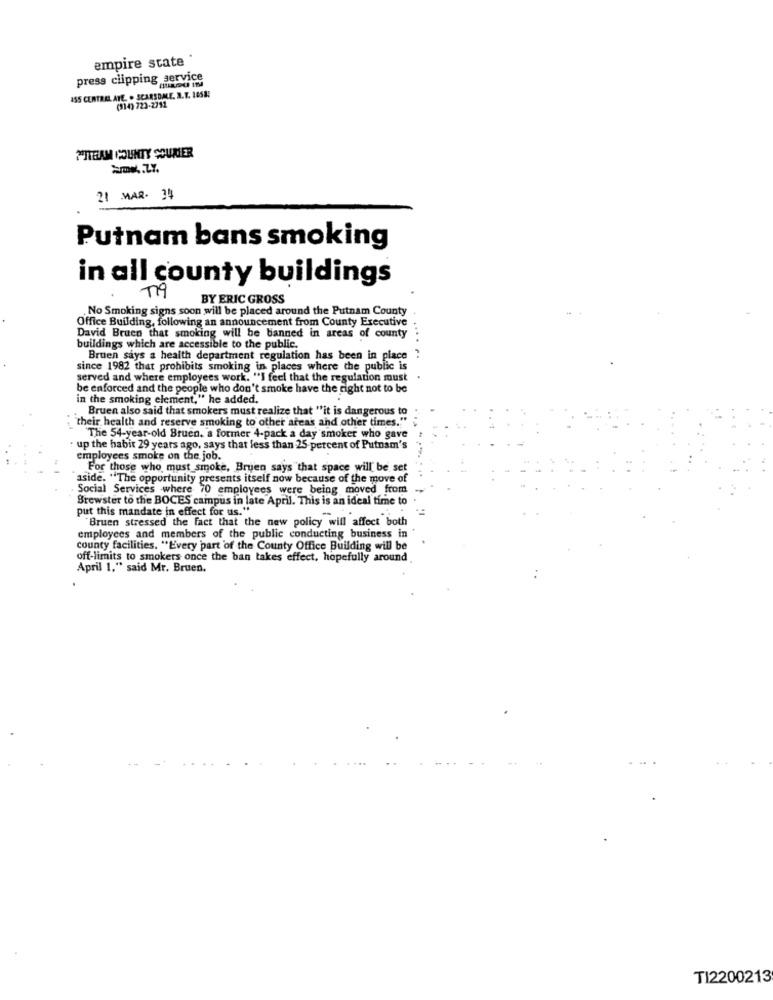
empire state
press clipping service
ASS CENTRAL ATE . SCARSDALE, N.Y. 1058!
(314) 723-2712
FITEAM COUNTY MOURIER
=mx.Z%.
21 MAR. 34
Putnam bans smoking
in all county buildings
BY ERIC GROSS
No Smoking signs soon will be placed around the Putnam County
Office Building, following an announcement from County Executive
David Bruco that smoking will be banned in areas of county
buildings which are accessible to the public.
Bruen says a health department regulation has been in place
since 1982 that prohibits smoking in places where the public is
served and where employees work. "I feel that the regulation must
be enforced and the people who don't smoke have the right not to be
in the smoking element," he added.
Bruen also said that smokers must realize that "it is dangerous to
"their health and reserve smoking to other areas and other times."
The 54-year-old Bruen, a former 4-pack a day smoker who gave
+ up the habit 29 years ago, says that less than 25 percent of Putnam's
employees smoke on the job.
For those who must smoke, Bruen says that space will be set
aside. "The opportunity presents itself now because of the move of
Social Services where 70 employees were being moved from
Brewster to the BOCES campus in late April. This is an ideal time to
put this mandate in effect for us."
Bruen stressed the fact that the new policy will affect both
employees and members of the public conducting business in
county facilities. "Every part of the County Office Building will be
off-limits to smokers once the ban takes effect, hopefully around
April 1," said Mr. Bruen.
TI2200213